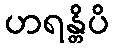
ဟရန္တိပိ